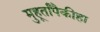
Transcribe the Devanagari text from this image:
मुहूर्तांपैकीहा